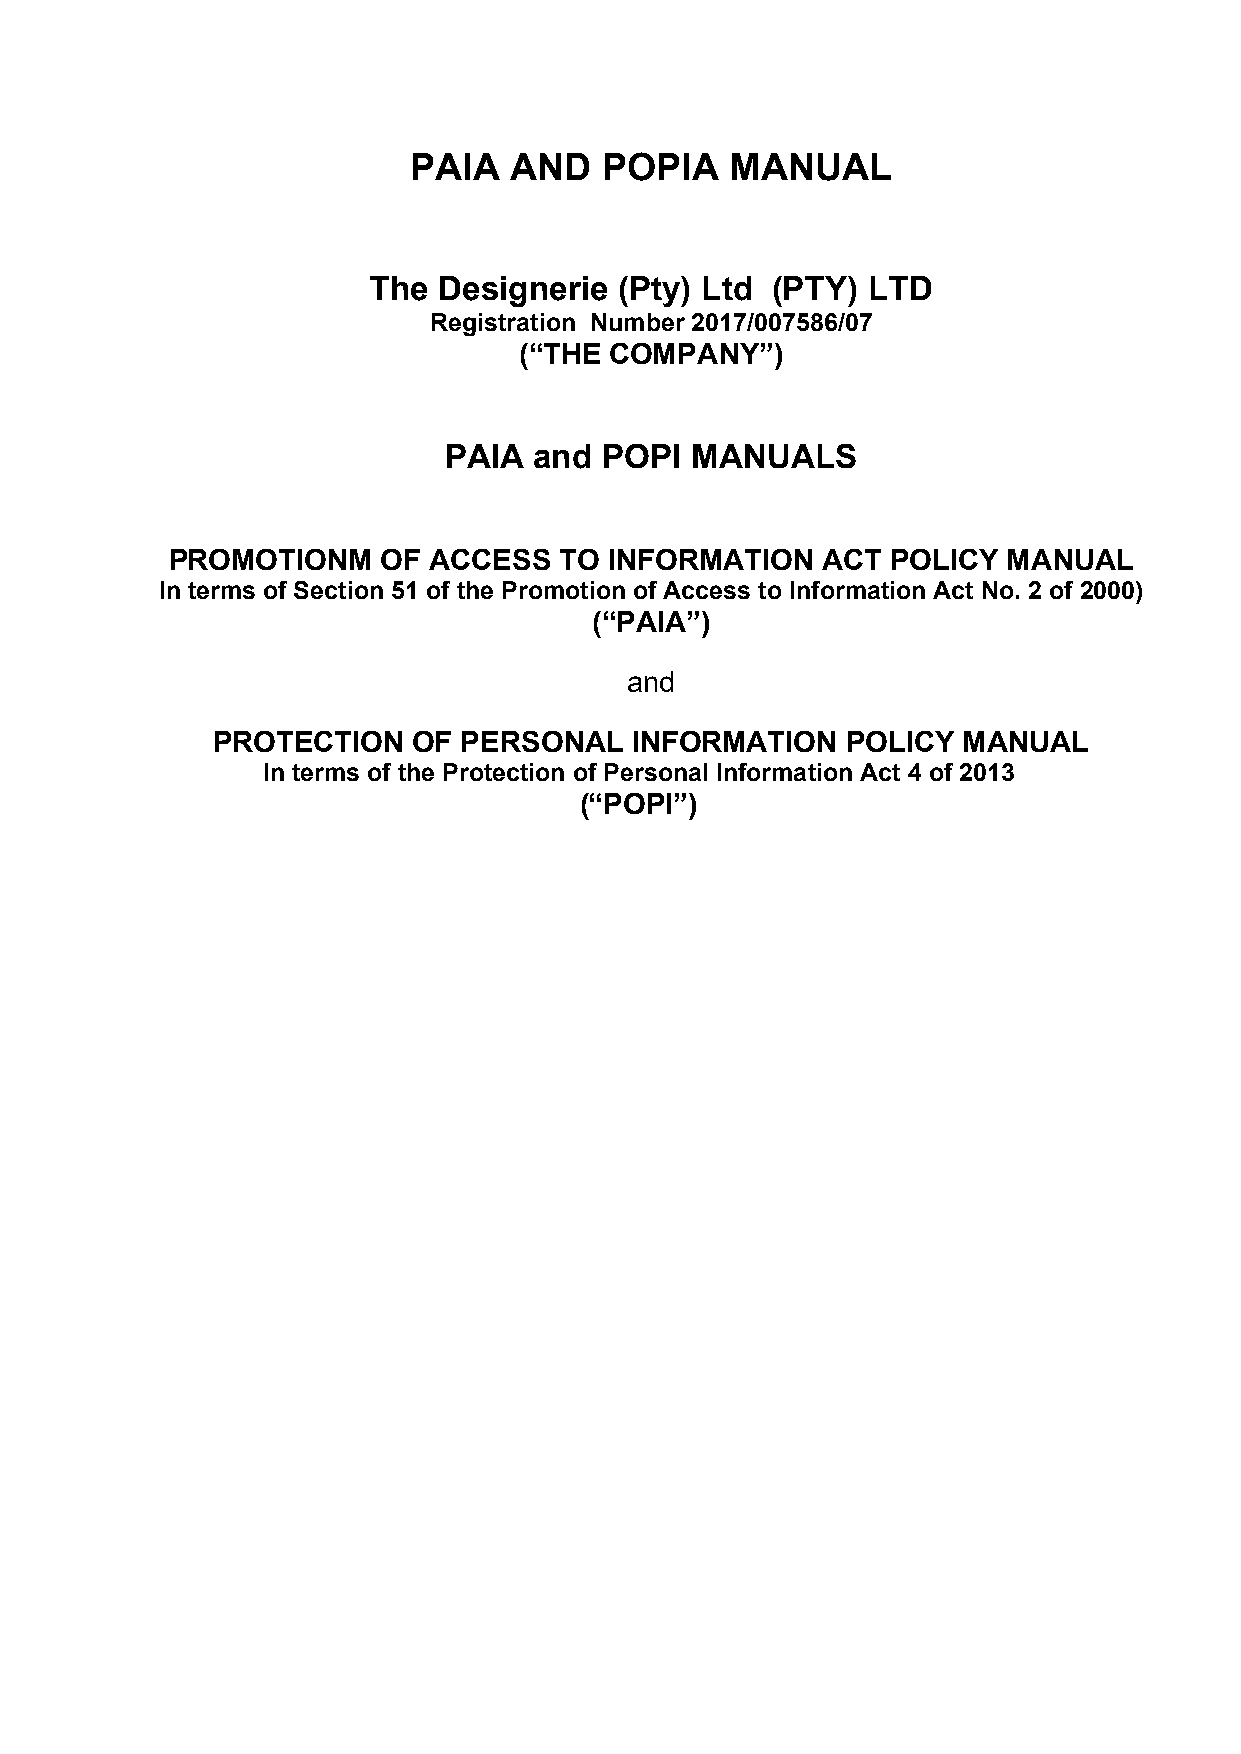
PAIA   AND   POPIA   MANUAL
 The  Designerie  (Pty) Ltd (PTY) LTD
 Registration Number 2017/007586/07
 (“THE COMPANY”)
 PAIA  and  POPI  MANUALS
 PROMOTIONM    OF ACCESS   TO INFORMATION   ACT  POLICY  MANUAL
 In terms of Section 51 of the Promotion of Access to Information Act No. 2 of 2000)
 (“PAIA”)
 and
 PROTECTION   OF  PERSONAL   INFORMATION   POLICY  MANUAL
 In terms of the Protection of Personal Information Act 4 of 2013
 (“POPI”)